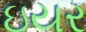
ઇયર